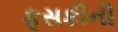
ફૂસકીની